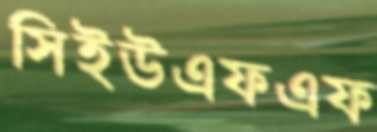
সিইউএফএফ